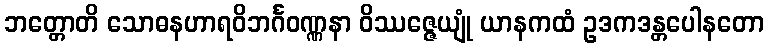
ဘတ္တောတိ သောဓနဟာရဝိဘင်္ဂဝဏ္ဏနာ ဝိဿဇ္ဇေယျုံ ယာနကထံ ဥဒကဒန္တပေါနတော